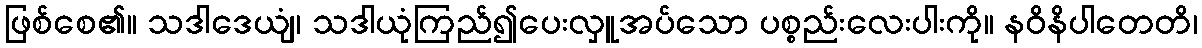
ဖြစ်စေ၏။ သဒါဒေယျံ၊ သဒါယုံကြည်၍ပေးလှူအပ်သော ပစ္စည်းလေးပါးကို။ နဝိနိပါတေတိ၊